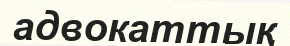
адвокаттық